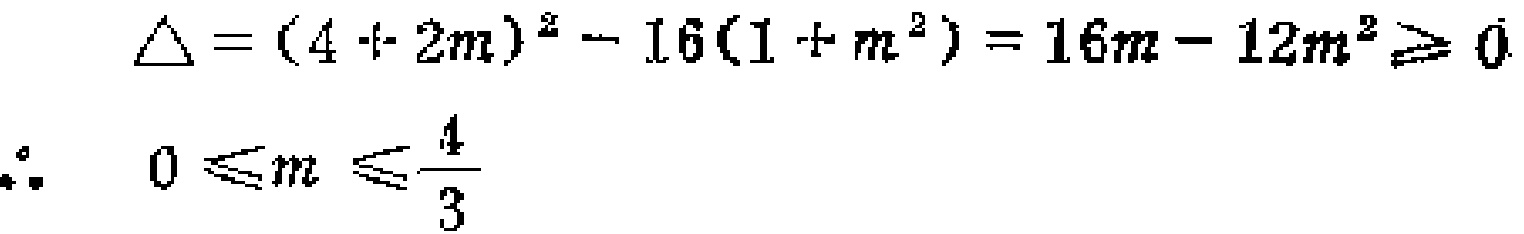
\[
\begin{align*}
\Delta&=(4 + 2m)^{2}-16(1 + m^{2})=16m - 12m^{2}\geq 0\\
\therefore\quad 0&\leq m\leq\frac{4}{3}
\end{align*}
\]